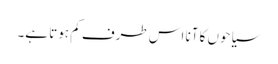
سیاحوں کا آنا اس طرف کم ہوتا ہے۔